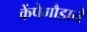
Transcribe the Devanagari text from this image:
केंपेगौडाने